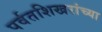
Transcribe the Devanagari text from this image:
पर्वतशिखरांच्या